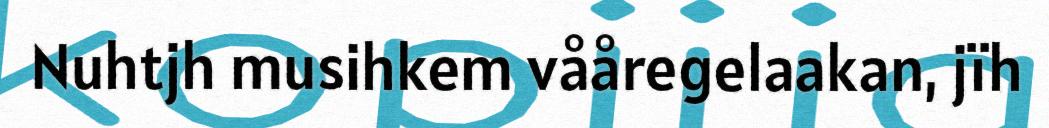
Nuhtjh musihkem vååregelaakan, jïh